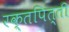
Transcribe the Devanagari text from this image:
रक्तपित्ती